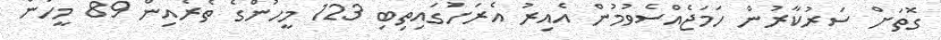
ގޮތަށް ސަރުކާރުން ހަމަޖެއްސެވުމުން އެއިރު އެރަށުގައިތިބި 123 މީހުންގެ ތެރެއިން 89 މީހުން